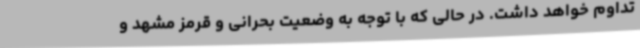
تداوم خواهد داشت. در حالی که با توجه به وضعیت بحرانی و قرمز مشهد و